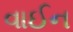
વાઈન